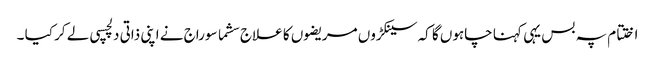
اختتام پہ بس یہی کہنا چاہوں گا کہ سینکڑوں مریضوں کا علاج سشما سوراج نے اپنی ذاتی دلچسپی لے کر کیا ۔